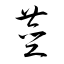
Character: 莖